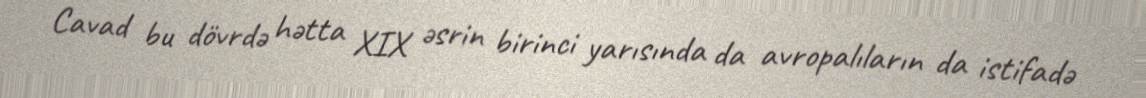
Cavad bu dövrdə hətta XIX əsrin birinci yarısında da avropalıların da istifadə